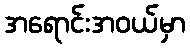
အရောင်းအဝယ်မှာ